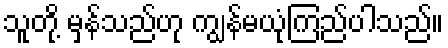
သူတို့ မှန်သည်ဟု ကျွန်မယုံကြည်ပါသည်။